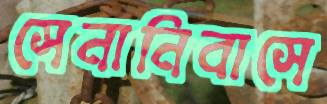
সেনানিবাসে